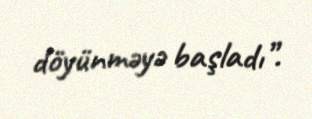
döyünməyə başladı”.